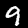
Label: 9